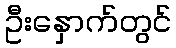
ဦးနှောက်တွင်